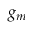
g _ { m }